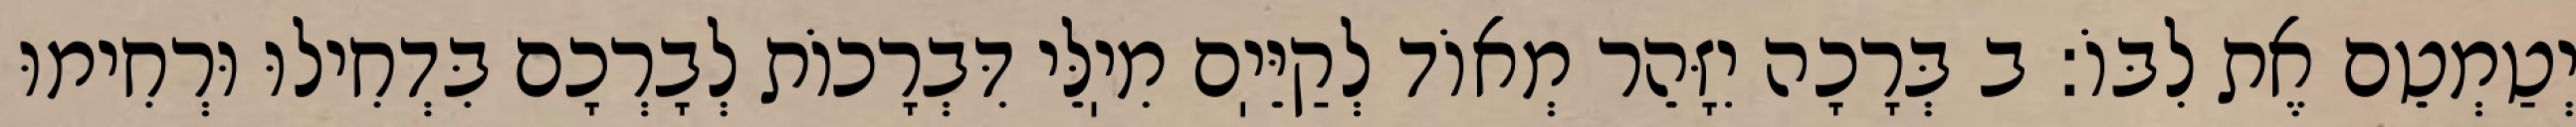
יְטַמְטֵם אֶת לִבּוֹ: ב בְּרָכָה יִזָּהֵר מְאוֹד לְקַיֵּיֽם מִיֽלֵּי דִּבְרָכוֹת לְבָרְכָם בִּדְחִילוּ וּרְחִימוּ